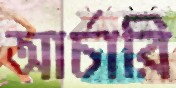
আর্চারি